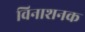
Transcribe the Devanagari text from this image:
विनाशनक